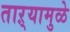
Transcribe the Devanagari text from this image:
ताऱ्यामुळे